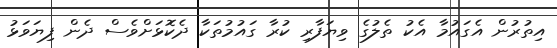
އިތުރުން އެގައުމާ އެކު ތެލުގެ ވިޔަފާރި ކުރާ ގައުމުތަކާ ދެކޮޅަށްވެސް ދެން ފިޔަވަޅު